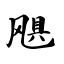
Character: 飓